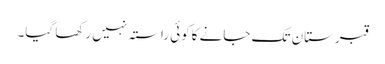
قبرستان تک جانے کاکوئی راستہ نہیں رکھا گیا۔